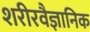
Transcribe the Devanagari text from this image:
शरीरवैज्ञानिक